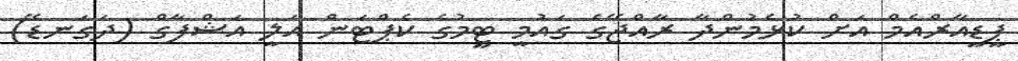
ޕީޑީއާރްއެމް އަށް ކުޅެމުންދާ ރާއްޖޭގެ ގައުމީ ޓީމުގެ ކެޕްޓަން އަލީ އަޝްފާގް (ދަގަނޑޭ)